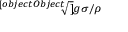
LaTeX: \scriptstyle { \sqrt [ [object Object] ] { g \sigma / \rho } }